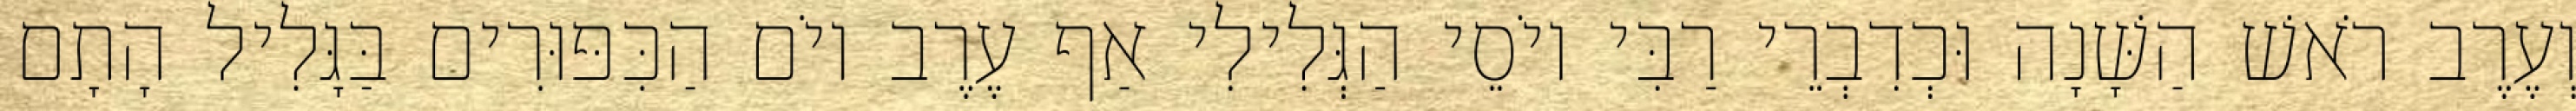
וְעֶרֶב רֹאשׁ הַשָּׁנָה וּכְדִבְרֵי רַבִּי יוֹסֵי הַגְּלִילִי אַף עֶרֶב יוֹם הַכִּפּוּרִים בַּגָּלִיל הָתָם